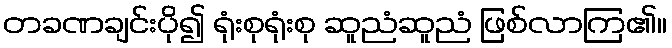
တခဏချင်းပို၍ ရုံးစုရုံးစု ဆူညံဆူညံ ဖြစ်လာကြ၏။